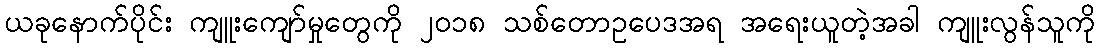
ယခုနောက်ပိုင်း ကျူးကျော်မှုတွေကို ၂၀၁၈ သစ်တောဥပေဒအရ အရေးယူတဲ့အခါ ကျူးလွန်သူကို